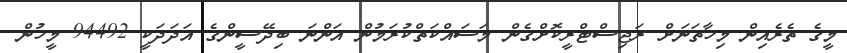
މީގެ ތެރެއިން މިހާތަނަށް ރަޖިސްޓްރީކޮށްގެން މަސައްކަތްކުރަމުން އަންނަ ބިދޭސީންގެ އަދަދަކީ 94492 މީހުން